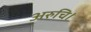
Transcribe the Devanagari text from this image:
अरुचि।